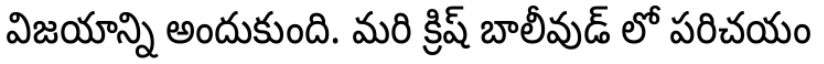
విజయాన్ని అందుకుంది. మరి క్రిష్ బాలీవుడ్ లో పరిచయం